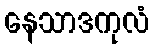
နေသာဒကုလံ